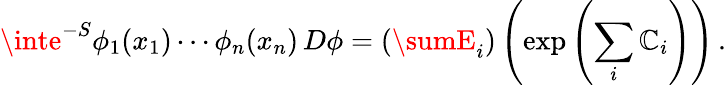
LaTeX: \inte^{-S}\phi_{1}(x_{1})\cdots\phi_{n}(x_{n})\, D\phi=\left(\sumE_{i}\right)\left(\exp\left(\sum_{i}\mathbb{C}_{i}\right)\right)\, .